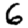
Digit: 6